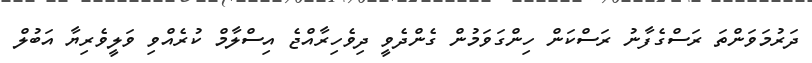
ދަރުމަވަންތަ ރަސްގެފާނު ރަސްކަން ހިންގަވަމުން ގެންދެވީ ދިވެހިރާއްޖެ އިސްލާމް ކުރެއްވި ވަލީވެރިޔާ އަބުލް